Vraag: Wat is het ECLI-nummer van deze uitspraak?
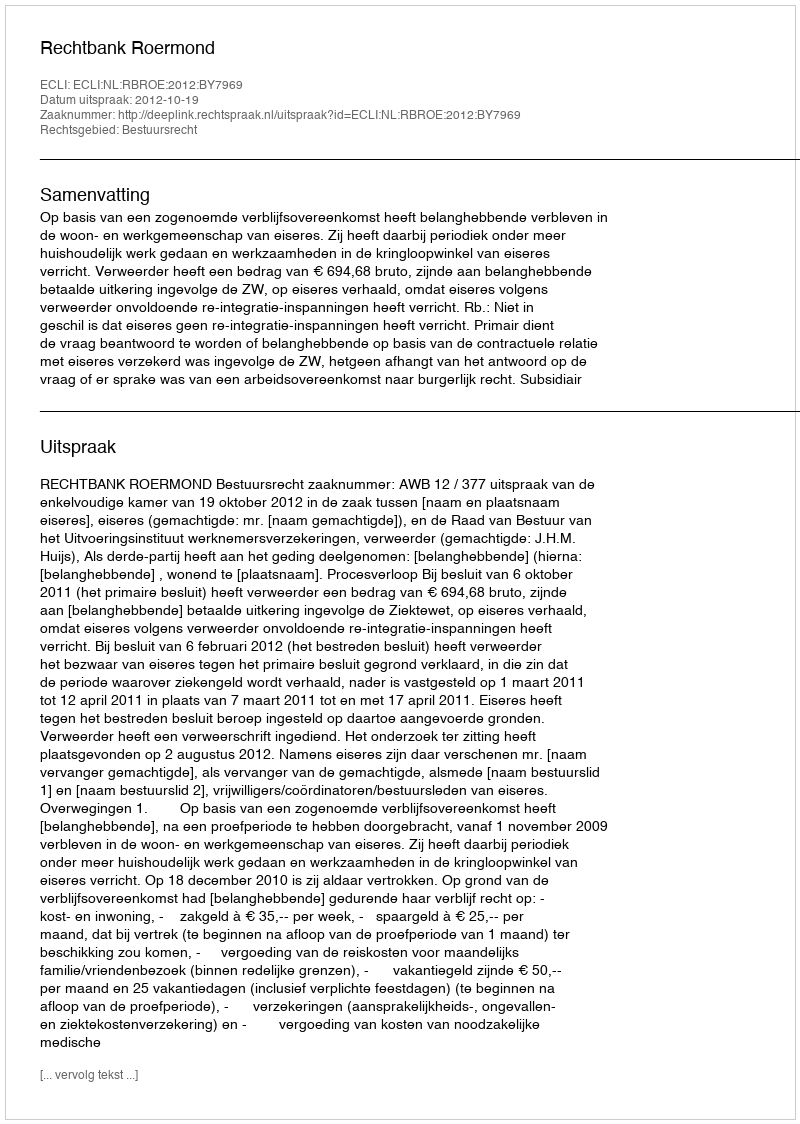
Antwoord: ECLI:NL:RBROE:2012:BY7969